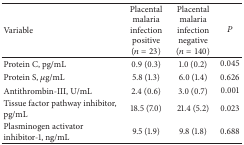
<table><thead><tr><td><b>Variable</b></td><td><b>Placental malaria infection positive (<i>n</i> = 23)</b></td><td><b>Placental malaria infection negative (<i>n</i> = 140)</b></td><td><b><i>P</i></b></td></tr></thead><tbody><tr><td>Protein C, pg/mL</td><td>0.9 (0.3)</td><td>1.0 (0.2)</td><td>0.045</td></tr><tr><td>Protein S, <i>μ</i>g/mL</td><td>5.8 (1.3)</td><td>6.0 (1.4)</td><td>0.626</td></tr><tr><td>Antithrombin-III, U/mL</td><td>2.4 (0.6)</td><td>3.0 (0.7)</td><td>0.001</td></tr><tr><td>Tissue factor pathway inhibitor, pg/mL</td><td>18.5 (7.0)</td><td>21.4 (5.2)</td><td>0.023</td></tr><tr><td>Plasminogen activator inhibitor-1, ng/mL</td><td>9.5 (1.9)</td><td>9.8 (1.8)</td><td>0.688</td></tr></tbody></table>